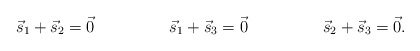
\begin{align*}\vec{s}_1 + \vec{s}_2 &= \vec{0} & \vec{s}_1 + \vec{s}_3 &= \vec{0} & \vec{s}_2 + \vec{s}_3 &= \vec{0}.\end{align*}